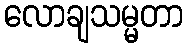
လောချသမ္မတာ